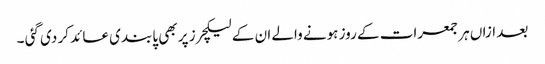
بعد ازاں ہر جمعرات کے روز ہونے والے ان کے لیکچرز پر بھی پابندی عائد کر دی گئی ۔